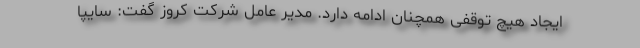
ایجاد هیچ توقفی همچنان ادامه دارد. مدیر عامل شرکت کروز گفت: سایپا